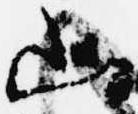
山